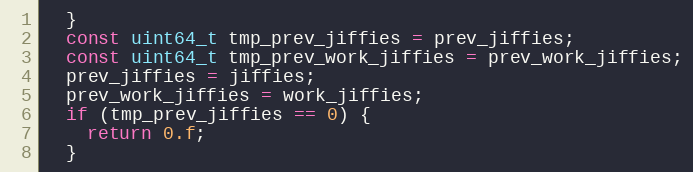
Language: C++
  }
  const uint64_t tmp_prev_jiffies = prev_jiffies;
  const uint64_t tmp_prev_work_jiffies = prev_work_jiffies;
  prev_jiffies = jiffies;
  prev_work_jiffies = work_jiffies;
  if (tmp_prev_jiffies == 0) {
    return 0.f;
  }